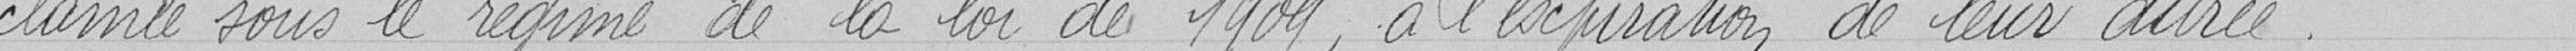
clamé sous le régime de la loi de 1909, à l'expiration de leur durée.